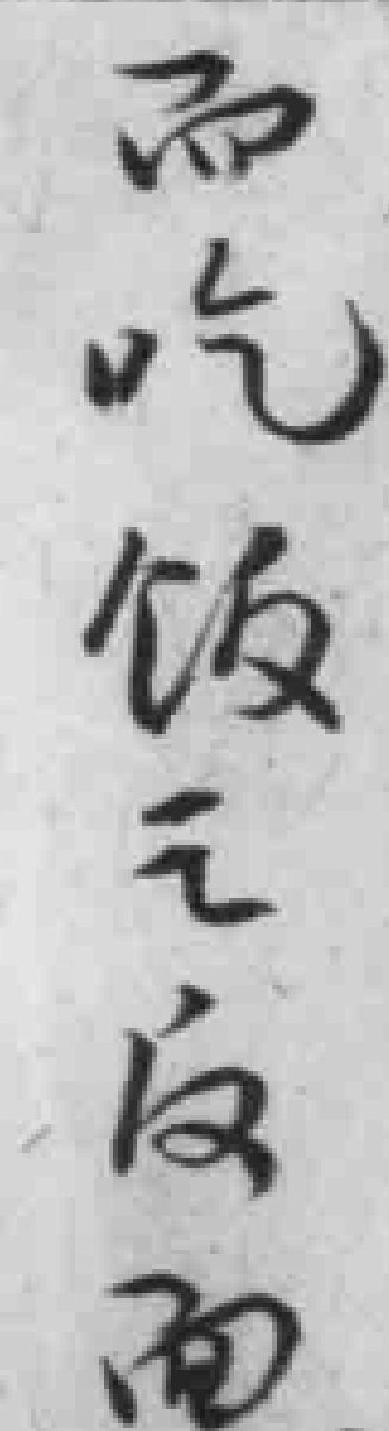
而吃饭之反面